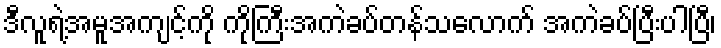
ဒီလူရဲ့အမူအကျင့်ကို ကိုကြီးအကဲခပ်တန်သလောက် အကဲခပ်ပြီးပါပြီ၊